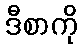
ဒီစာကို